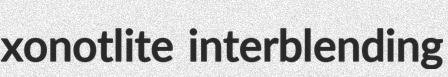
xonotlite interblending